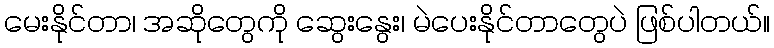
မေးနိုင်တာ၊ အဆိုတွေကို ဆွေးနွေး၊ မဲပေးနိုင်တာတွေပဲ ဖြစ်ပါတယ်။